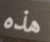
هذه